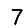
Digit: 7